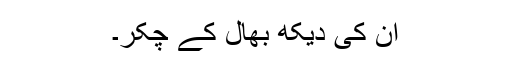
ان کی دیکھ بھال کے چکّر۔